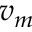
v _ { m }